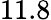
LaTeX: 11.8